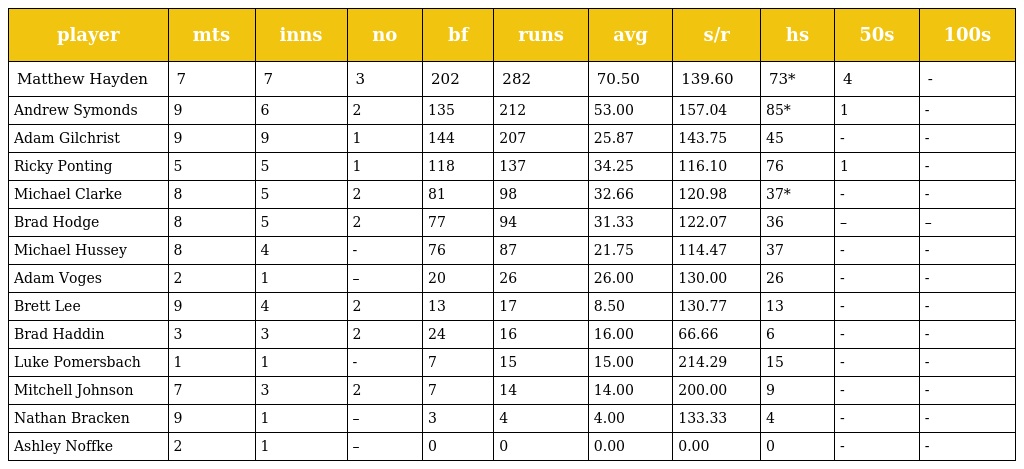
| player | mts | inns | no | bf | runs | avg | s/r | hs | 50s | 100s |
 | --- | --- | --- | --- | --- | --- | --- | --- | --- | --- | --- |
 | Matthew Hayden | 7 | 7 | 3 | 202 | 282 | 70.50 | 139.60 | 73* | 4 | - |
 | Andrew Symonds | 9 | 6 | 2 | 135 | 212 | 53.00 | 157.04 | 85* | 1 | - |
 | Adam Gilchrist | 9 | 9 | 1 | 144 | 207 | 25.87 | 143.75 | 45 | - | - |
 | Ricky Ponting | 5 | 5 | 1 | 118 | 137 | 34.25 | 116.10 | 76 | 1 | - |
 | Michael Clarke | 8 | 5 | 2 | 81 | 98 | 32.66 | 120.98 | 37* | - | - |
 | Brad Hodge | 8 | 5 | 2 | 77 | 94 | 31.33 | 122.07 | 36 | – | – |
 | Michael Hussey | 8 | 4 | - | 76 | 87 | 21.75 | 114.47 | 37 | - | - |
 | Adam Voges | 2 | 1 | – | 20 | 26 | 26.00 | 130.00 | 26 | - | - |
 | Brett Lee | 9 | 4 | 2 | 13 | 17 | 8.50 | 130.77 | 13 | - | - |
 | Brad Haddin | 3 | 3 | 2 | 24 | 16 | 16.00 | 66.66 | 6 | - | - |
 | Luke Pomersbach | 1 | 1 | - | 7 | 15 | 15.00 | 214.29 | 15 | - | - |
 | Mitchell Johnson | 7 | 3 | 2 | 7 | 14 | 14.00 | 200.00 | 9 | - | - |
 | Nathan Bracken | 9 | 1 | – | 3 | 4 | 4.00 | 133.33 | 4 | - | - |
 | Ashley Noffke | 2 | 1 | – | 0 | 0 | 0.00 | 0.00 | 0 | - | - |